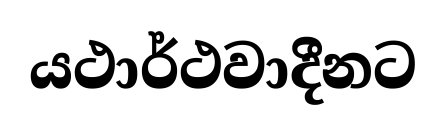
යථාර්ථවාදීනට